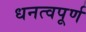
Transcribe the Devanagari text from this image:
धनत्वपूर्ण